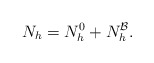
\begin{align*}N_h = N_h^0 + N_h^\mathcal{B}.\end{align*}